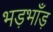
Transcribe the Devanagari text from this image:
भड़भाँड़